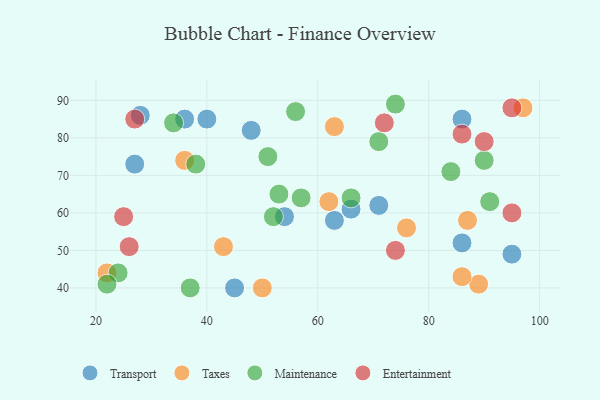
{"axis": {"x": "GDP", "y": "Life Expectancy"}, "legend": ["Entertainment", "Maintenance", "Taxes", "Transport"], "data": [{"x": "48", "y": 82, "type": "Transport"}, {"x": "86", "y": 52, "type": "Transport"}, {"x": "54", "y": 59, "type": "Transport"}, {"x": "36", "y": 85, "type": "Transport"}, {"x": "28", "y": 86, "type": "Transport"}, {"x": "66", "y": 61, "type": "Transport"}, {"x": "95", "y": 49, "type": "Transport"}, {"x": "86", "y": 85, "type": "Transport"}, {"x": "45", "y": 40, "type": "Transport"}, {"x": "27", "y": 73, "type": "Transport"}, {"x": "71", "y": 62, "type": "Transport"}, {"x": "40", "y": 85, "type": "Transport"}, {"x": "63", "y": 58, "type": "Transport"}, {"x": "76", "y": 56, "type": "Taxes"}, {"x": "22", "y": 44, "type": "Taxes"}, {"x": "89", "y": 41, "type": "Taxes"}, {"x": "97", "y": 88, "type": "Taxes"}, {"x": "63", "y": 83, "type": "Taxes"}, {"x": "86", "y": 43, "type": "Taxes"}, {"x": "62", "y": 63, "type": "Taxes"}, {"x": "43", "y": 51, "type": "Taxes"}, {"x": "87", "y": 58, "type": "Taxes"}, {"x": "50", "y": 40, "type": "Taxes"}, {"x": "36", "y": 74, "type": "Taxes"}, {"x": "91", "y": 63, "type": "Maintenance"}, {"x": "74", "y": 89, "type": "Maintenance"}, {"x": "37", "y": 40, "type": "Maintenance"}, {"x": "24", "y": 44, "type": "Maintenance"}, {"x": "51", "y": 75, "type": "Maintenance"}, {"x": "53", "y": 65, "type": "Maintenance"}, {"x": "56", "y": 87, "type": "Maintenance"}, {"x": "71", "y": 79, "type": "Maintenance"}, {"x": "84", "y": 71, "type": "Maintenance"}, {"x": "38", "y": 73, "type": "Maintenance"}, {"x": "90", "y": 74, "type": "Maintenance"}, {"x": "22", "y": 41, "type": "Maintenance"}, {"x": "52", "y": 59, "type": "Maintenance"}, {"x": "66", "y": 64, "type": "Maintenance"}, {"x": "57", "y": 64, "type": "Maintenance"}, {"x": "34", "y": 84, "type": "Maintenance"}, {"x": "95", "y": 60, "type": "Entertainment"}, {"x": "26", "y": 51, "type": "Entertainment"}, {"x": "86", "y": 81, "type": "Entertainment"}, {"x": "95", "y": 88, "type": "Entertainment"}, {"x": "25", "y": 59, "type": "Entertainment"}, {"x": "72", "y": 84, "type": "Entertainment"}, {"x": "27", "y": 85, "type": "Entertainment"}, {"x": "74", "y": 50, "type": "Entertainment"}, {"x": "90", "y": 79, "type": "Entertainment"}]}